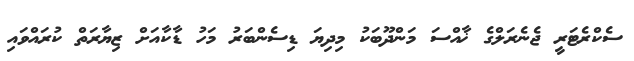
ސެކްރެޓަރީ ޖެނެރަލްގެ ޚާއްސަ މަންދޫބަކު މިދިޔަ ޑިސެންބަރު މަހު ޑާކާއަށް ޒިޔާރަތް ކުރައްވައި